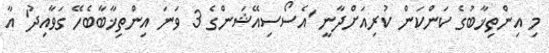
މި އިންތިޚާބުގެ ކަންކަން ކުރިއަށްދާނީ 'އެސޯސިއޭޝަންގެ 3 ވަނަ އިންތިޚާބާބެހޭ ގަވާއިދު' އާ